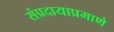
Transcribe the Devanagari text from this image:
संप्रदायाप्रमाणे